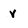
Character: v